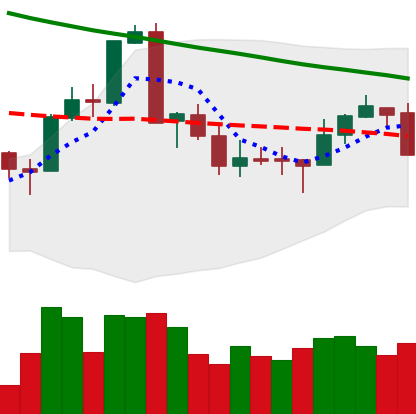
Ticker: XMR-USD
Chart end date: 2018-09-17
Forward return: 14.014%
Label: up_7plus